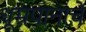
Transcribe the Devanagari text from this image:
धूम्रपानाचे